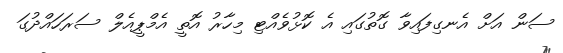
ސަން އަށް އެނގިފައިވާ ގޮތުގައި އެ ކޮޅުވެއްޓި މިހާރު އޮތީ އެމްޕީއެލް ސަރަހައްދުގަ